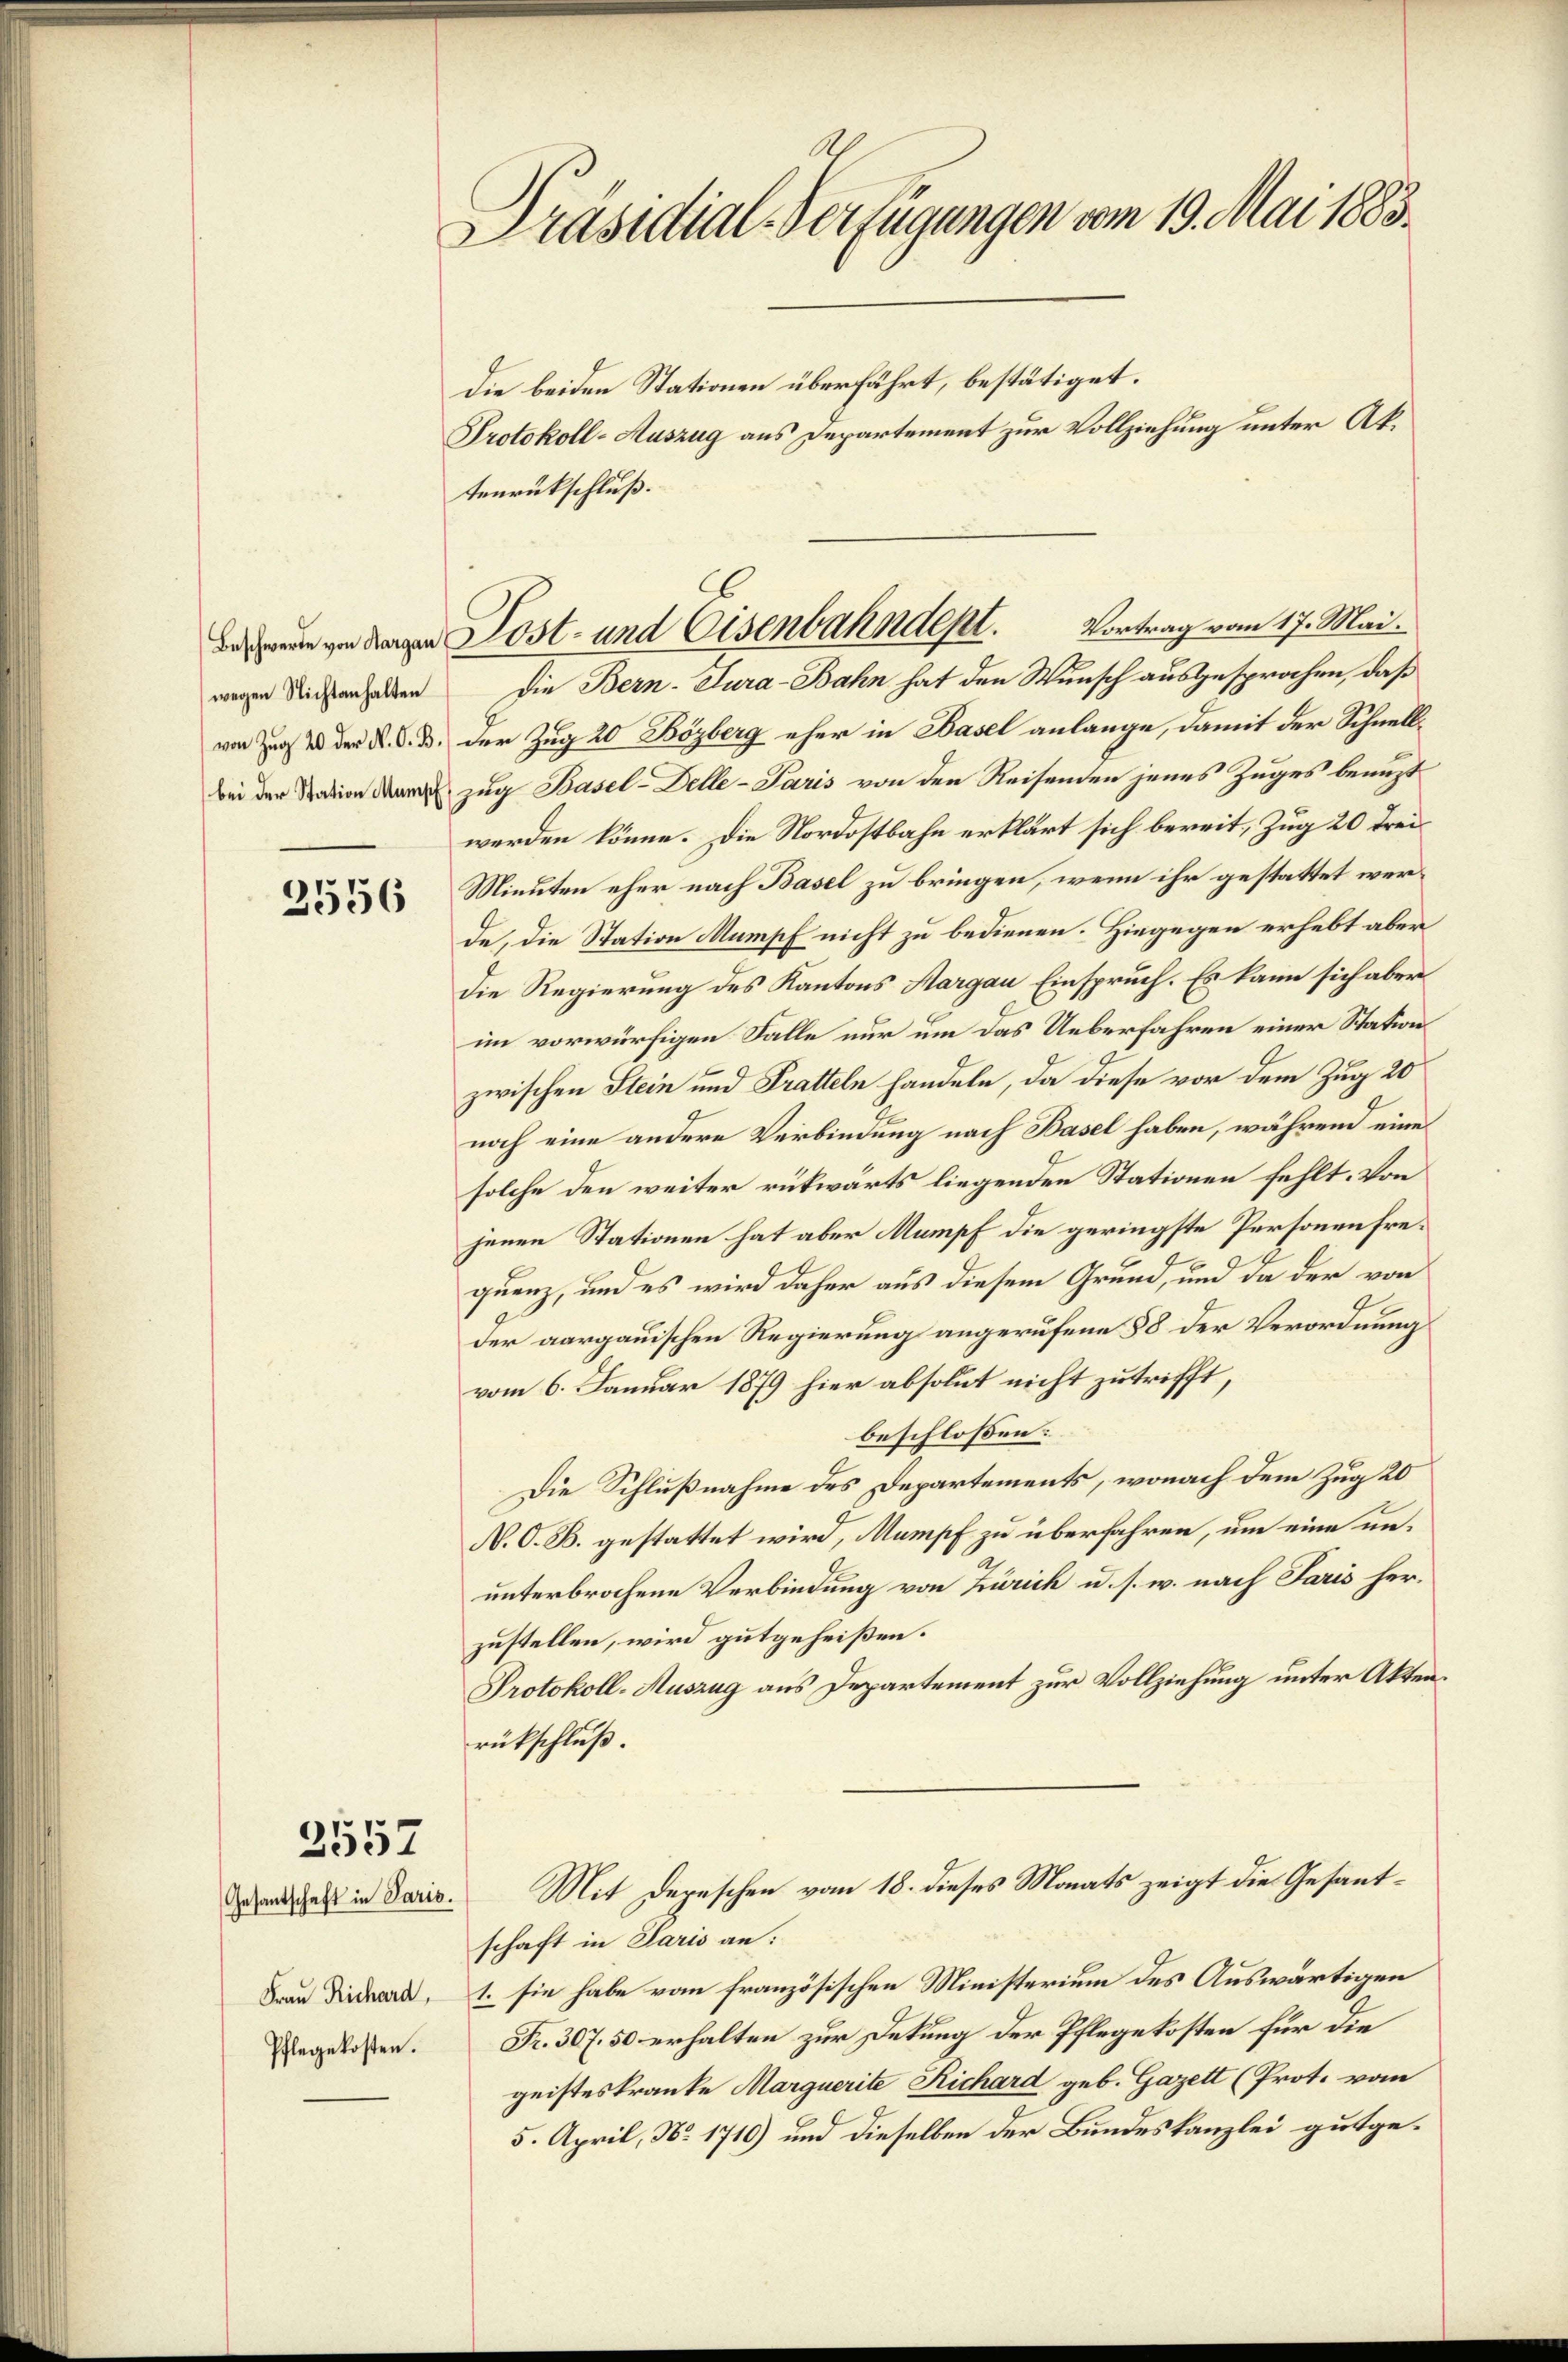
wegen Nichtanhalten
von Zug 20 der N. O. B.
bei der Station Mumpf.

2556

3557

Frau Richard,
Pflegekosten.

Präsidial-Verfügungen vom 19. Mai 1883.
die beiden Stationen überfährt, bestätiget.
Protokoll-Auszug aus Departement zur Vollziehung unter Aktenrückschluß.

der Zug 20 Bözberg eher in Basel anlange, damit der Schnellzug Basel-Delle-Paris von den Reisenden jenes Zuges benuzt
werden könne. Die Nordostbahn erklärt sich bereit, Zug 20 Frei¬
Minuten eher nach Basel zu bringen, wenn ihr gestattet werde, die Station Mumpf nicht zu bedienen. Hiegegen erhebt aber
die Regierung des Kantons Aargau Einspruch. Es kann sich aber
im vorwürfigen Falle nur um das Ueberfahren einer Station
zwischen Stein und Tratteln handeln, da diese vor dem Zug 20
noch eine andere Verbindung nach Basel haben, während eine
solche den weiter rükwärts liegenden Stationen fehlt. Von
jenen Stationen hat aber Mumpf die geringste Personen frequenz, und es wird daher aus diesem Grund, und da der von
der aargauischen Regierung angerufene 58 der Verordnung
vom 6. Januar 1879 hier absolut nicht zu trifft,
beschlossen:
Die Schlußnahme des Departements, wonach dem Zug 20
N. O. B. gestattet wird, Mumpf zu überfahren, um eine ununterbrochene Verbindung von Zürich u. s. w. nach Paris herzustellen, wird gutgeheißen.
Protokoll-Auszug aus Departement zur Vollziehung unter Aktenrückschluß.
ndes in daris. Mit Depeschen vom 18. dieses Monats zeigt die Gesantschaft in Paris an:
1. sie habe vom französischen Ministerium des Auswärtigen
Fr. 307. 50 erhalten zur Dekung der Pflegekosten für die
geisteskranke Marquerite Richard geb. Gazett (Prot. vom
5. April, No. 1710) und dieselben der Bundeskanzlei gutge¬

ee zu den Lost- und Eisenbahndept. Vortrag vom 17. Mai.
Die Bern-Tura-Bahn hat den Wunsch ausgesprochen, daß